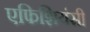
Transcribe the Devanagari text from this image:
एफिशियंसी